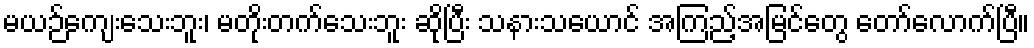
မယဉ်ကျေးသေးဘူး၊ မတိုးတက်သေးဘူး ဆိုပြီး သနားသယောင် အကြည့်အမြင်တွေ တော်လောက်ပြီ။